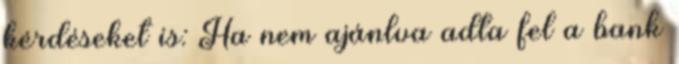
kérdéseket is: Ha nem ajánlva adta fel a bank